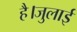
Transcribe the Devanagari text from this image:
है।जुलाई